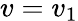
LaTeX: v=v_{1}